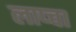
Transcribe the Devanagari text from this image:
लाप्चा